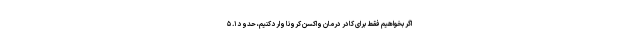
اگر بخواهیم فقط برای کادر درمان واکسن کرونا وارد کنیم، حدود ۱. ۵